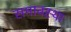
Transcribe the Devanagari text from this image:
समावस्था